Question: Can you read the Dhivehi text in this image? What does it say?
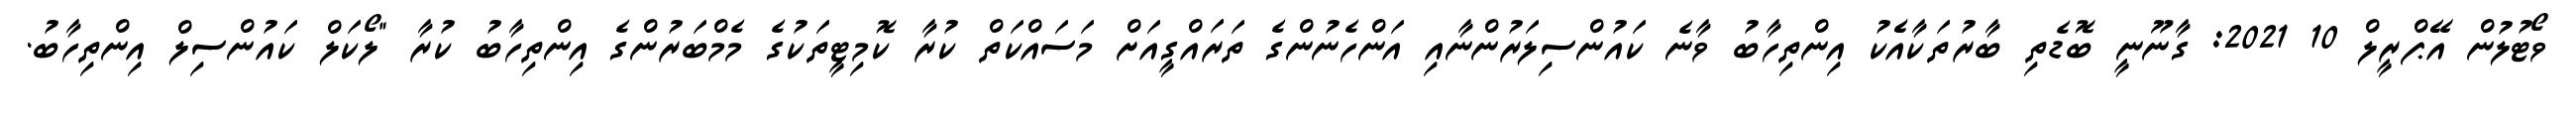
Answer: ވޯޓުލުން އޭޕްރީލް 10 2021: ގާނޫނީ ބޮޑެތި ބާރުތަކާއެެކު އިންތިހާބު ވާނެ ކައުންސިލަރުންނާއި އަންހެނުންގެ ތަރައްގީއަށް މަސައްކަތް ކުރާ ކޮމިޓީތަކުގެ މެމްބަރުންގެ އިންތިހާބު ކުރާ "ލޯކަލް ކައުންސިލް އިންތިހާބު.